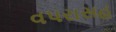
વપરાસહ